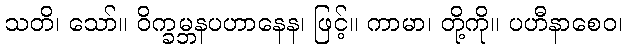
သတိ၊ သော်။ ဝိက္ခမ္ဘနပဟာနေန၊ ဖြင့်။ ကာမာ၊ တို့ကို။ ပဟီနာစေဝ၊